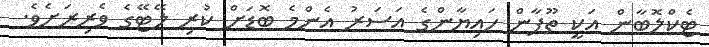
ޓެކްލޮބާން އަކީ ތޫފާން ހައިޔާންގެ އަސަރު އެންމެ ބޮޑަށް ކުރި ލޭޓޭގެ ވެރިރަށެވެ.